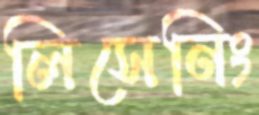
লিসেনিং